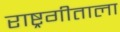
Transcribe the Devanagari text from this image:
राष्ट्रगीताला